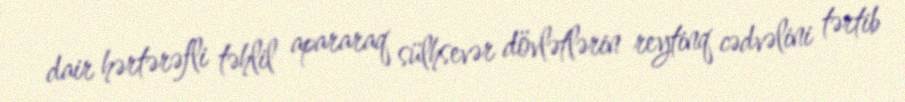
dair hərtərəfli təhlil apararaq sülhsevər dövlətlərin reytinq cədvəlini tərtib